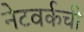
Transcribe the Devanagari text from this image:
नेटवर्कची